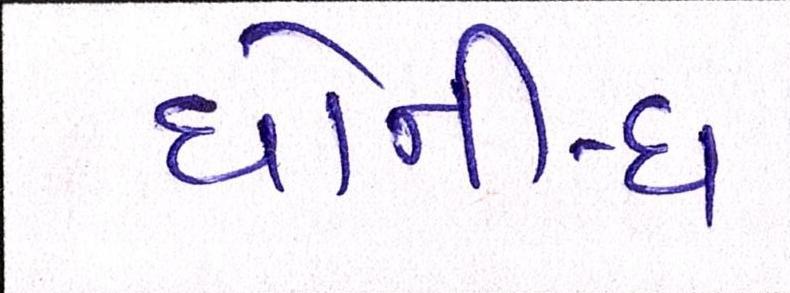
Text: ધોની-ધ